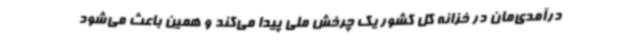
درآمدی‌مان در خزانه کل کشور یک چرخش ملی پیدا می‌کند و همین باعث می‌شود